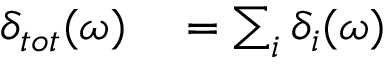
\begin{array} { r l } { \delta _ { t o t } ( \omega ) } & { { } = \sum _ { i } \delta _ { i } ( \omega ) } \end{array}